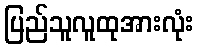
ပြည်သူလူထုအားလုံး